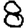
Digit: 8